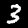
Digit: 3